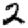
Digit: 2